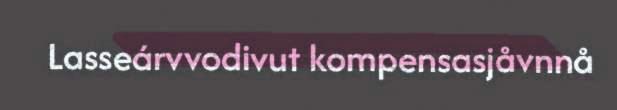
Lasseárvvodivut kompensasjåvnnå